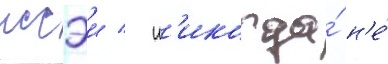
иссэи / н'икогда́ н'е́